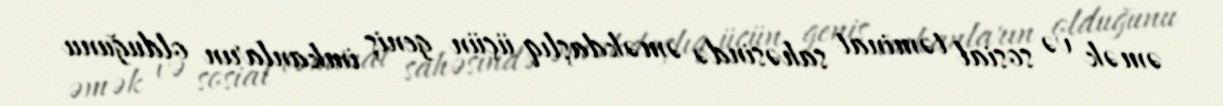
əmək və sosial təminat sahəsində əməkdaşlıq üçün geniş imkanların olduğunu